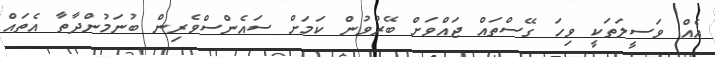
އެއް ވަސީލަތަކީ ވިހަ ގޭސްތައް ޖައްވަށް ބޭރުވުން ކަމަށް ސައެންސްވެރިން ބުނަމުންދާތާ އެތައް